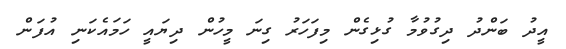
އީދު ބަންދު ދިގުވުމާ ގުޅިގެން މިފަހަރު ގިނަ މީހުން ދިޔައީ ހަމައެކަނި އުފަން